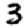
Digit: 3